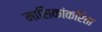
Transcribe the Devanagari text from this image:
मासिकांकरिता